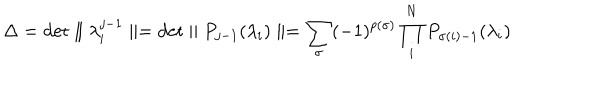
\Delta = \mathrm { d e t } \parallel \lambda _ { i } ^ { j - 1 } \parallel = \mathrm { d e t } \parallel P _ { j - 1 } ( \lambda _ { i } ) \parallel = \sum _ { \sigma } ( - 1 ) ^ { p ( \sigma ) } \prod _ { i } ^ { N } P _ { \sigma ( i ) - 1 } ( \lambda _ { i } )